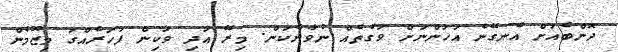
ދޮންބެއަށް އެނގޭނެ އަހަންނަށް ވަގުތެއް ނުވާނެކަން. މިރޭ އަދި ވަކިން ފަހަރެއްގަ މިޒޫމެން